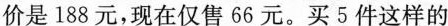
价是188元，现在仅售66元。买5件这样的